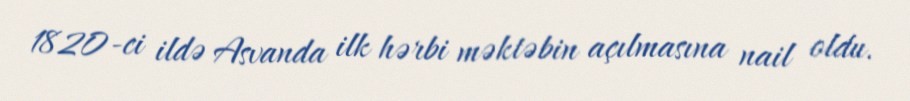
1820-ci ildə Asvanda ilk hərbi məktəbin açılmasına nail oldu.